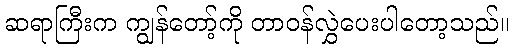
ဆရာကြီးက ကျွန်တော့်ကို တာဝန်လွှဲပေးပါတော့သည်။